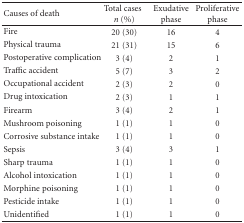
<table><thead><tr><td><b>Causes of death</b></td><td><b>Total cases<i>n</i> (%)</b></td><td><b>Exudative phase</b></td><td><b>Proliferative phase</b></td></tr></thead><tbody><tr><td>Fire</td><td>20 (30)</td><td>16</td><td>4</td></tr><tr><td>Physical trauma</td><td>21 (31)</td><td>15</td><td>6</td></tr><tr><td>Postoperative complication</td><td>3 (4)</td><td>2</td><td>1</td></tr><tr><td>Traffic accident</td><td>5 (7)</td><td>3</td><td>2</td></tr><tr><td>Occupational accident</td><td>2 (3)</td><td>2</td><td>0</td></tr><tr><td>Drug intoxication</td><td>2 (3)</td><td>1</td><td>1</td></tr><tr><td>Firearm </td><td>3 (4)</td><td>2</td><td>1</td></tr><tr><td>Mushroom poisoning</td><td>1 (1)</td><td>1</td><td>0</td></tr><tr><td>Corrosive substance intake</td><td>1 (1)</td><td>1</td><td>0</td></tr><tr><td>Sepsis</td><td>3 (4)</td><td>3</td><td>1</td></tr><tr><td>Sharp trauma </td><td>1 (1)</td><td>1</td><td>0</td></tr><tr><td>Alcohol intoxication </td><td>1 (1)</td><td>1</td><td>0</td></tr><tr><td>Morphine poisoning</td><td>1 (1)</td><td>1</td><td>0</td></tr><tr><td>Pesticide intake</td><td>1 (1)</td><td>1</td><td>0</td></tr><tr><td>Unidentified</td><td>1 (1)</td><td>1</td><td>0</td></tr></tbody></table>